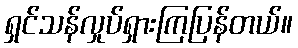
ရှင်သန်လှုပ်ရှားကြပြန်တယ်။